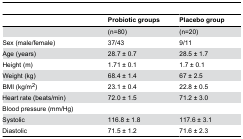
|  | Probiotic groups | Placebo group |
 | --- | --- | --- |
 |  | (n=80) | (n=20) |
 | Sex (male/female) | 37/43 | 9/11 |
 | Age (years) | 28.7 ± 0.7 | 28.5 ± 1.7 |
 | Height (m) | 1.71 ± 0.1 | 1.7 ± 0.1 |
 | Weight (kg) | 68.4 ± 1.4 | 67 ± 2.5 |
 | BMI (kg/m2) | 23.1 ± 0.4 | 22.8 ± 0.5 |
 | Heart rate (beats/min) | 72.0 ± 1.5 | 71.2 ± 3.0 |
 | Blood pressure (mm/Hg) |  |  |
 | Systolic | 116.8 ± 1.8 | 117.6 ± 3.1 |
 | Diastolic | 71.5 ± 1.2 | 71.6 ± 2.3 |